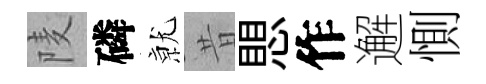
𨹧磷𭕒昔愳作邂惻